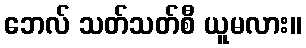
ဘေလ် သတ်သတ်စီ ယူမလား။